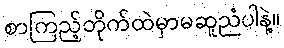
စာကြည့်တိုက်ထဲမှာမဆူညံပါနဲ့။